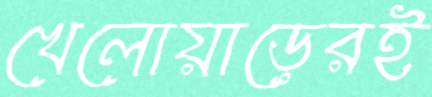
খেলোয়াড়েরই